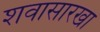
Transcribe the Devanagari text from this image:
शवासारखा